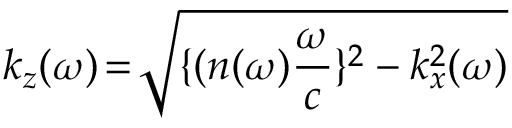
k _ { z } ( \omega ) \! = \! \sqrt { \{ ( n ( \omega ) \frac { \omega } { c } \} ^ { 2 } - k _ { x } ^ { 2 } ( \omega ) }